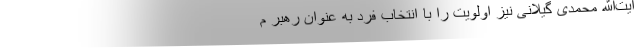
آیت‌الله محمدی گیلانی نیز اولویت را با انتخاب فرد به عنوان رهبر م